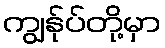
ကျွန်ုပ်တို့မှာ